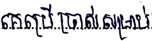
គេប្រើប្រាស់សម្រាប់